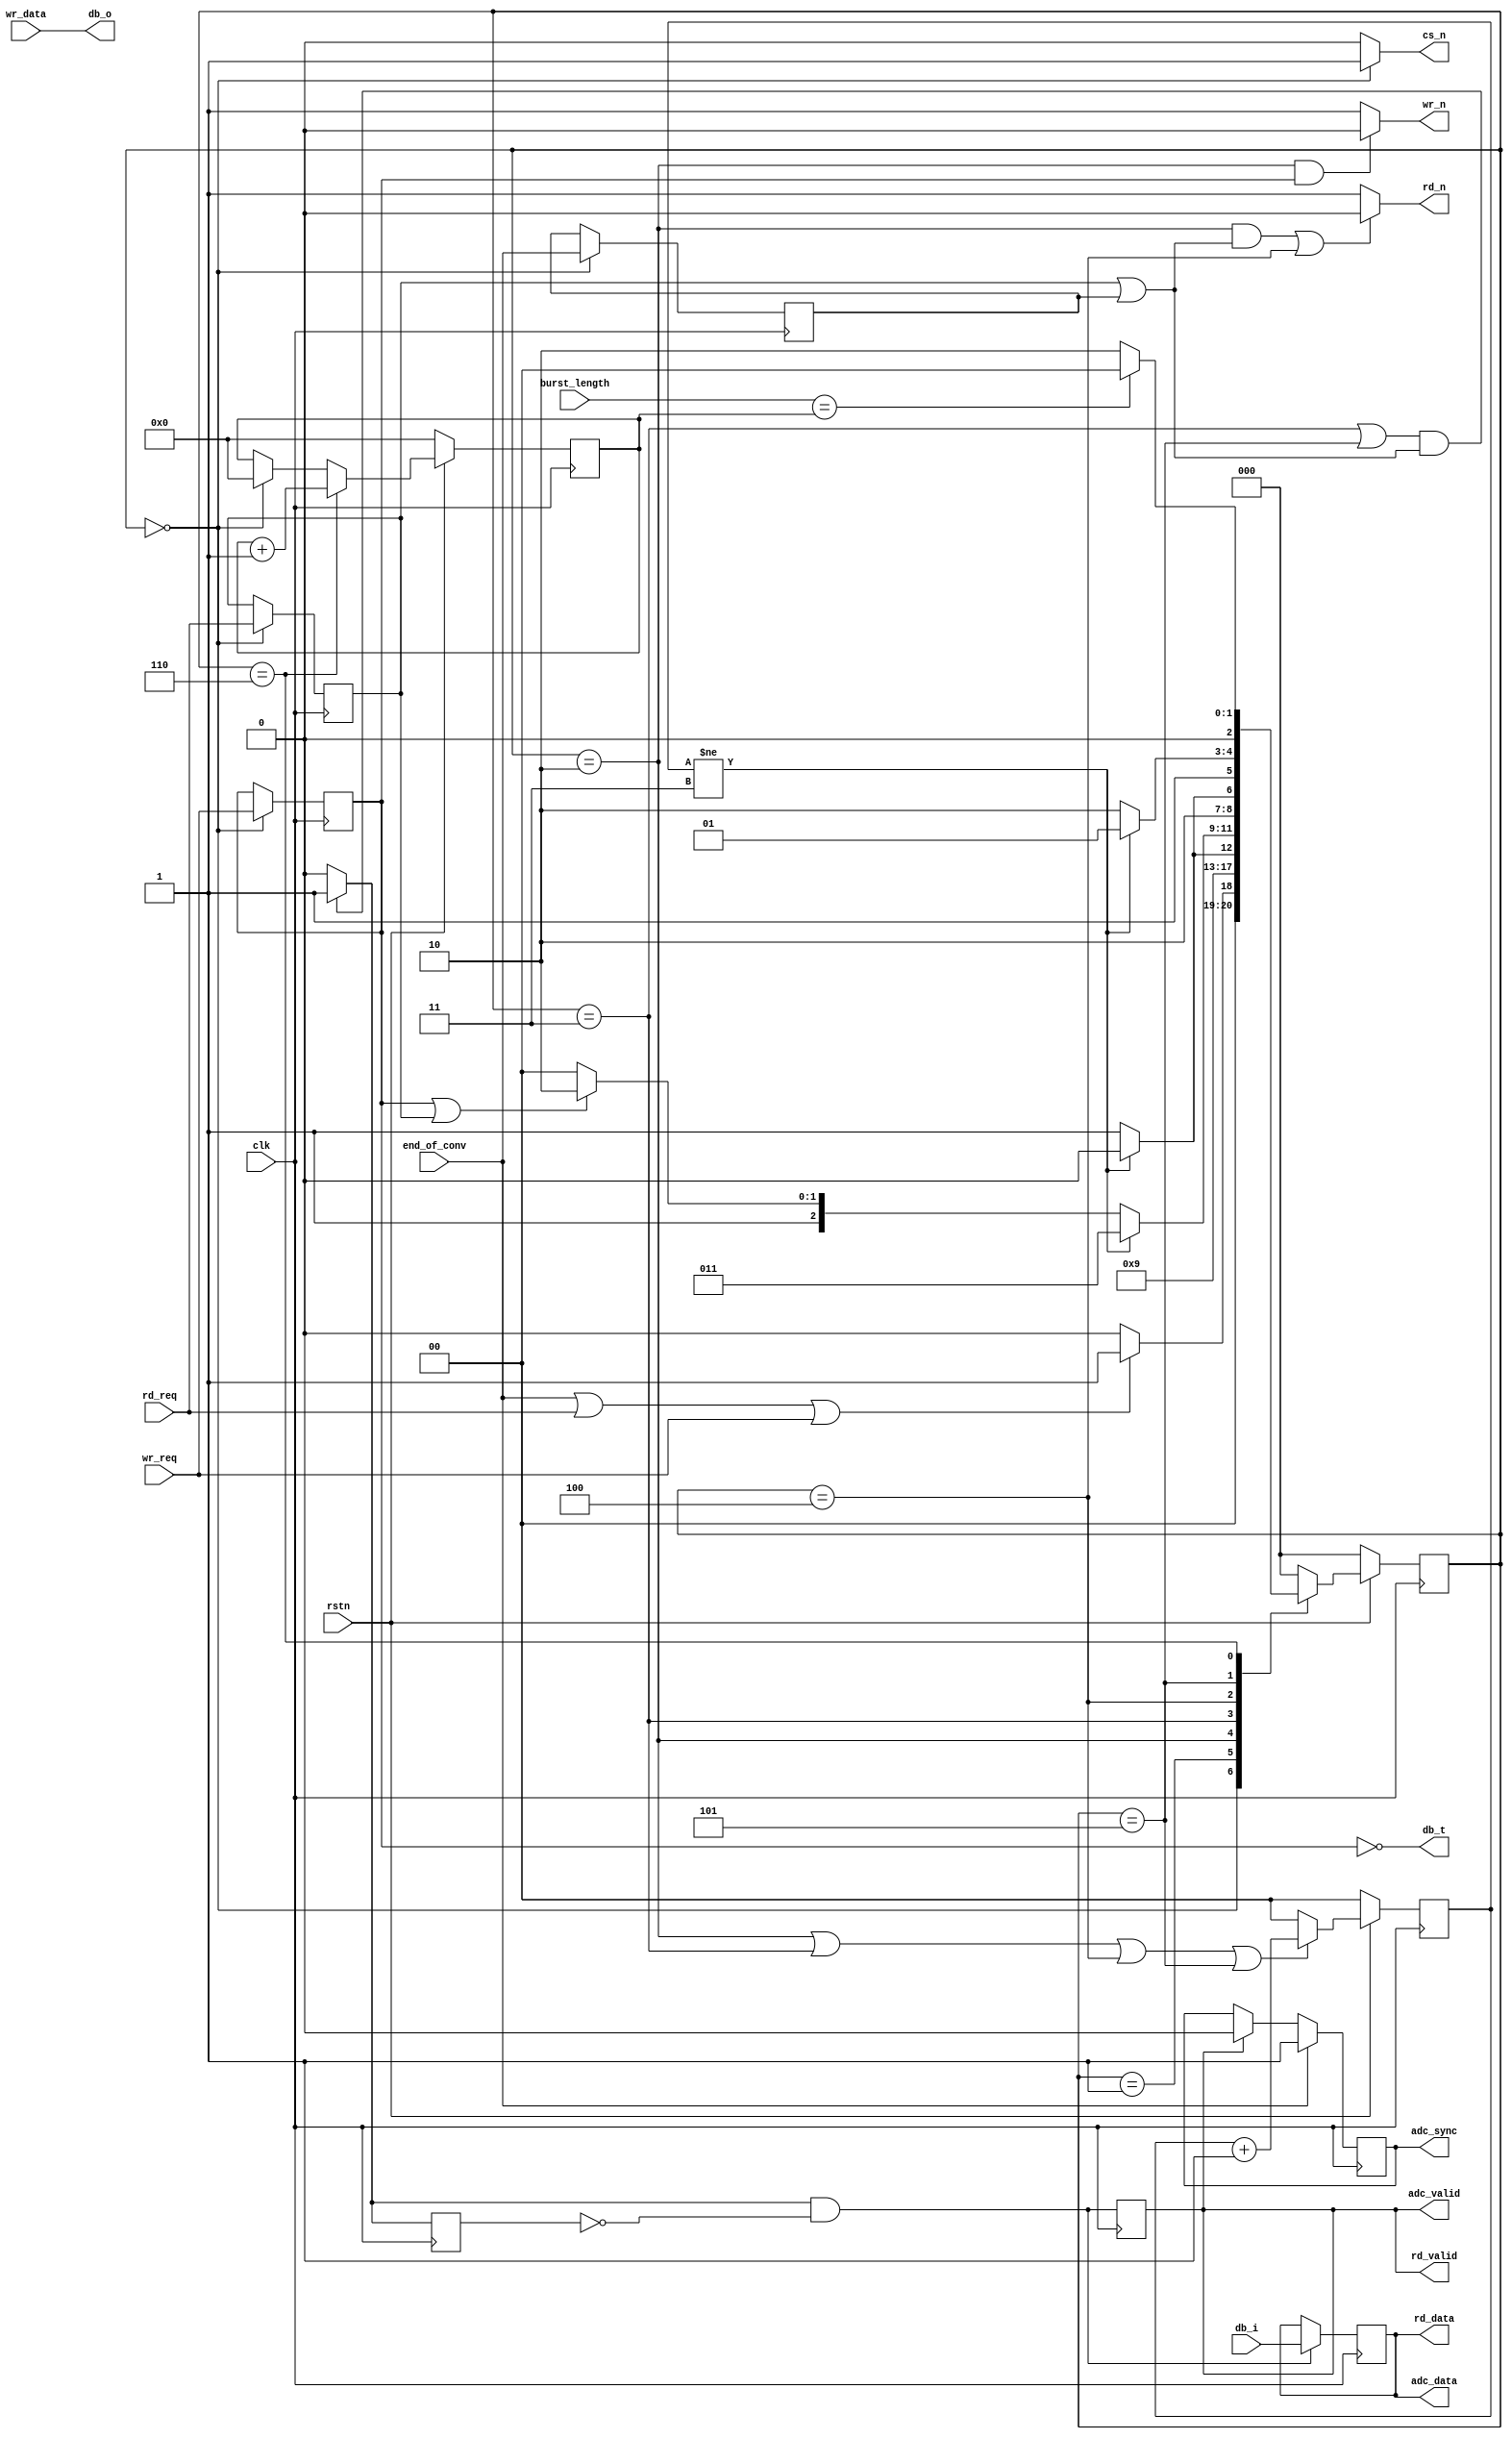
// ***************************************************************************
// ***************************************************************************
// Copyright 2015(c) Analog Devices, Inc.
//
// All rights reserved.
//
// Redistribution and use in source and binary forms, with or without modification,
// are permitted provided that the following conditions are met:
//     - Redistributions of source code must retain the above copyright
//       notice, this list of conditions and the following disclaimer.
//     - Redistributions in binary form must reproduce the above copyright
//       notice, this list of conditions and the following disclaimer in
//       the documentation and/or other materials provided with the
//       distribution.
//     - Neither the name of Analog Devices, Inc. nor the names of its
//       contributors may be used to endorse or promote products derived
//       from this software without specific prior written permission.
//     - The use of this software may or may not infringe the patent rights
//       of one or more patent holders.  This license does not release you
//       from the requirement that you obtain separate licenses from these
//       patent holders to use this software.
//     - Use of the software either in source or binary form, must be run
//       on or directly connected to an Analog Devices Inc. component.
//
// THIS SOFTWARE IS PROVIDED BY ANALOG DEVICES "AS IS" AND ANY EXPRESS OR IMPLIED WARRANTIES,
// INCLUDING, BUT NOT LIMITED TO, NON-INFRINGEMENT, MERCHANTABILITY AND FITNESS FOR A
// PARTICULAR PURPOSE ARE DISCLAIMED.
//
// IN NO EVENT SHALL ANALOG DEVICES BE LIABLE FOR ANY DIRECT, INDIRECT, INCIDENTAL, SPECIAL,
// EXEMPLARY, OR CONSEQUENTIAL DAMAGES (INCLUDING, BUT NOT LIMITED TO, INTELLECTUAL PROPERTY
// RIGHTS, PROCUREMENT OF SUBSTITUTE GOODS OR SERVICES; LOSS OF USE, DATA, OR PROFITS; OR
// BUSINESS INTERRUPTION) HOWEVER CAUSED AND ON ANY THEORY OF LIABILITY, WHETHER IN CONTRACT,
// STRICT LIABILITY, OR TORT (INCLUDING NEGLIGENCE OR OTHERWISE) ARISING IN ANY WAY OUT OF
// THE USE OF THIS SOFTWARE, EVEN IF ADVISED OF THE POSSIBILITY OF SUCH DAMAGE.
// ***************************************************************************
// ***************************************************************************
// ***************************************************************************
// ***************************************************************************

`timescale 1ns/100ps

module axi_ad7616_pif (

  // physical interface

  cs_n,
  db_o,
  db_i,
  db_t,
  rd_n,
  wr_n,

  // FIFO interface

  adc_data,
  adc_valid,
  adc_sync,

  // end of convertion

  end_of_conv,
  burst_length,

  // register access

  clk,
  rstn,
  rd_req,
  wr_req,
  wr_data,
  rd_data,
  rd_valid
);

  parameter UP_ADDRESS_WIDTH = 14;

  // IO definitions

  output                          cs_n;
  output  [15:0]                  db_o;
  input   [15:0]                  db_i;
  output                          db_t;
  output                          rd_n;
  output                          wr_n;

  input                           end_of_conv;
  input   [ 4:0]                  burst_length;

  input                           clk;
  input                           rstn;
  input                           rd_req;
  input                           wr_req;
  input   [15:0]                  wr_data;
  output  [15:0]                  rd_data;
  output                          rd_valid;

  output  [15:0]                  adc_data;
  output                          adc_valid;
  output                          adc_sync;

  // state registers

  localparam  [ 2:0]    IDLE = 3'h0,
                        CS_LOW = 3'h1,
                        CNTRL0_LOW = 3'h2,
                        CNTRL0_HIGH = 3'h3,
                        CNTRL1_LOW = 3'h4,
                        CNTRL1_HIGH = 3'h5,
                        CS_HIGH = 3'h6;

  // internal registers

  reg     [ 2:0]                  transfer_state = 3'h0;
  reg     [ 2:0]                  transfer_state_next = 3'h0;
  reg     [ 1:0]                  width_counter = 2'h0;
  reg     [ 4:0]                  burst_counter = 5'h0;

  reg                             wr_req_d = 1'h0;
  reg                             rd_req_d = 1'h0;
  reg                             rd_conv_d = 1'h0;

  reg                             xfer_req_d = 1'h0;

  reg                             adc_sync = 1'h0;
  reg                             rd_valid = 1'h0;
  reg                             rd_valid_d = 1'h0;
  reg     [15:0]                  rd_data = 16'h0;

  // internal wires

  wire                            start_transfer_s;
  wire                            rd_valid_s;

  // FSM state register

  always @(posedge clk) begin
    if (rstn == 1'b0) begin
      transfer_state <= 3'h0;
    end else begin
      transfer_state <= transfer_state_next;
    end
  end

  // counters to control the RD_N and WR_N lines

  assign start_transfer_s = end_of_conv | rd_req | wr_req;

  always @(posedge clk) begin
    if (rstn == 1'b0) begin
      width_counter <= 2'h0;
    end else begin
      if((transfer_state == CNTRL0_LOW) || (transfer_state == CNTRL0_HIGH) ||
         (transfer_state == CNTRL1_LOW) || (transfer_state == CNTRL1_HIGH))
        width_counter <= width_counter + 1;
      else
        width_counter <= 2'h0;
    end
  end

  always @(posedge clk) begin
    if (rstn == 1'b0) begin
      burst_counter <= 2'h0;
    end else begin
      if (transfer_state == CS_HIGH)
        burst_counter <= burst_counter + 1;
      else if (transfer_state == IDLE)
        burst_counter <= 5'h0;
    end
  end

  always @(negedge clk) begin
    if (transfer_state == IDLE) begin
      wr_req_d <= wr_req;
      rd_req_d <= rd_req;
      rd_conv_d <= end_of_conv;
    end
  end

  // FSM next state logic

  always @(*) begin
    case (transfer_state)
      IDLE : begin
        transfer_state_next <= (start_transfer_s == 1'b1) ? CS_LOW : IDLE;
      end
      CS_LOW : begin
        transfer_state_next <= CNTRL0_LOW;
      end
      CNTRL0_LOW : begin
        transfer_state_next <= (width_counter != 2'b11) ? CNTRL0_LOW : CNTRL0_HIGH;
      end
      CNTRL0_HIGH : begin
        transfer_state_next <= (width_counter != 2'b11) ? CNTRL0_HIGH :
                               ((wr_req_d == 1'b1) || (rd_req_d == 1'b1)) ? CS_HIGH : CNTRL1_LOW;
      end
      CNTRL1_LOW : begin
        transfer_state_next <= (width_counter != 2'b11) ? CNTRL1_LOW : CNTRL1_HIGH;
      end
      CNTRL1_HIGH : begin
        transfer_state_next <= (width_counter != 2'b11) ? CNTRL1_HIGH : CS_HIGH;
      end
      CS_HIGH : begin
        transfer_state_next <= (burst_length == burst_counter) ? IDLE : CNTRL0_LOW;
      end
      default : begin
        transfer_state_next <= IDLE;
      end
    endcase
  end

  // data valid for the register access and m_axis interface

  assign rd_valid_s = (((transfer_state == CNTRL0_HIGH) || (transfer_state == CNTRL1_HIGH)) &&
                       ((rd_req_d == 1'b1) || (rd_conv_d == 1'b1))) ? 1'b1 : 1'b0;

  // FSM output logic

  assign db_o = wr_data;

  always @(posedge clk) begin
    rd_data <= (rd_valid_s & ~rd_valid_d) ? db_i : rd_data;
    rd_valid_d <= rd_valid_s;
    rd_valid <= rd_valid_s & ~rd_valid_d;
  end

  assign adc_valid = rd_valid;
  assign adc_data = rd_data;

  assign cs_n = (transfer_state == IDLE) ? 1'b1 : 1'b0;
  assign db_t = ~wr_req_d;
  assign rd_n = (((transfer_state == CNTRL0_LOW) && ((rd_conv_d == 1'b1) || rd_req_d == 1'b1)) ||
                  (transfer_state == CNTRL1_LOW)) ? 1'b0 : 1'b1;
  assign wr_n = ((transfer_state == CNTRL0_LOW) && (wr_req_d == 1'b1)) ? 1'b0 : 1'b1;

  // sync will be asserted at the first valid data right after the convertion start

  always @(posedge clk) begin
    if (end_of_conv == 1'b1) begin
      adc_sync <= 1'b1;
    end else if (rd_valid == 1'b1) begin
      adc_sync <= 1'b0;
    end
  end

endmodule